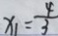
x _ { 1 } = \frac { 4 } { 3 }